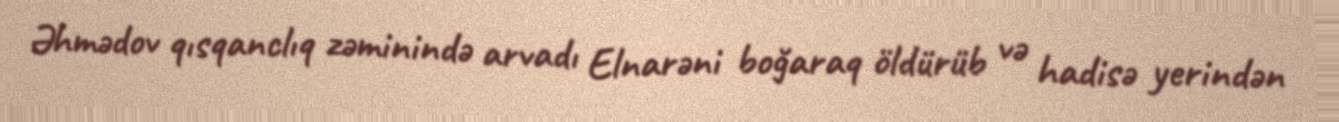
Əhmədov qısqanclıq zəminində arvadı Elnarəni boğaraq öldürüb və hadisə yerindən